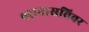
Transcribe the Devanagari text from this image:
परानासविवर